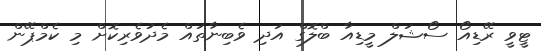
ޓީވީ ރޭޑިއޯ ސޯޝަލް މީޑިއާ ބްލޮގް އަދި ވެބިނާތައް މެދުވެރިކޮށް މި ކެމްޕޭން